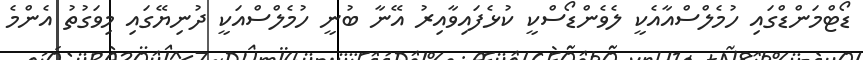
ޑޯޓްމަންޑްގައި ހުމެލްސްއާއެކީ ލެވެންޑޯސްކީ ކުޅެފައިވާއިރު އޭނާ ބުނީ ހުމެލްސްއަކީ ދުނިޔޭގައި މިވަގުތު އެންމެ